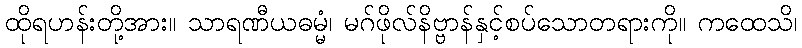
ထိုရဟန်းတို့အား။ သာရဏီယဓမ္မံ၊ မဂ်ဖိုလ်နိဗ္ဗာန်နှင့်စပ်သောတရားကို။ ကထေသိ၊